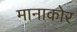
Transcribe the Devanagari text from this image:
मानाकोर